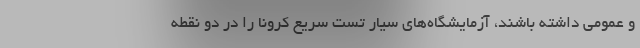
و عمومی داشته باشند، آزمایشگاه‌های سیار تست سریع کرونا را در دو نقطه